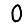
Digit: 0